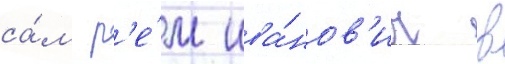
са́м р'е́м ива́нов'ич в